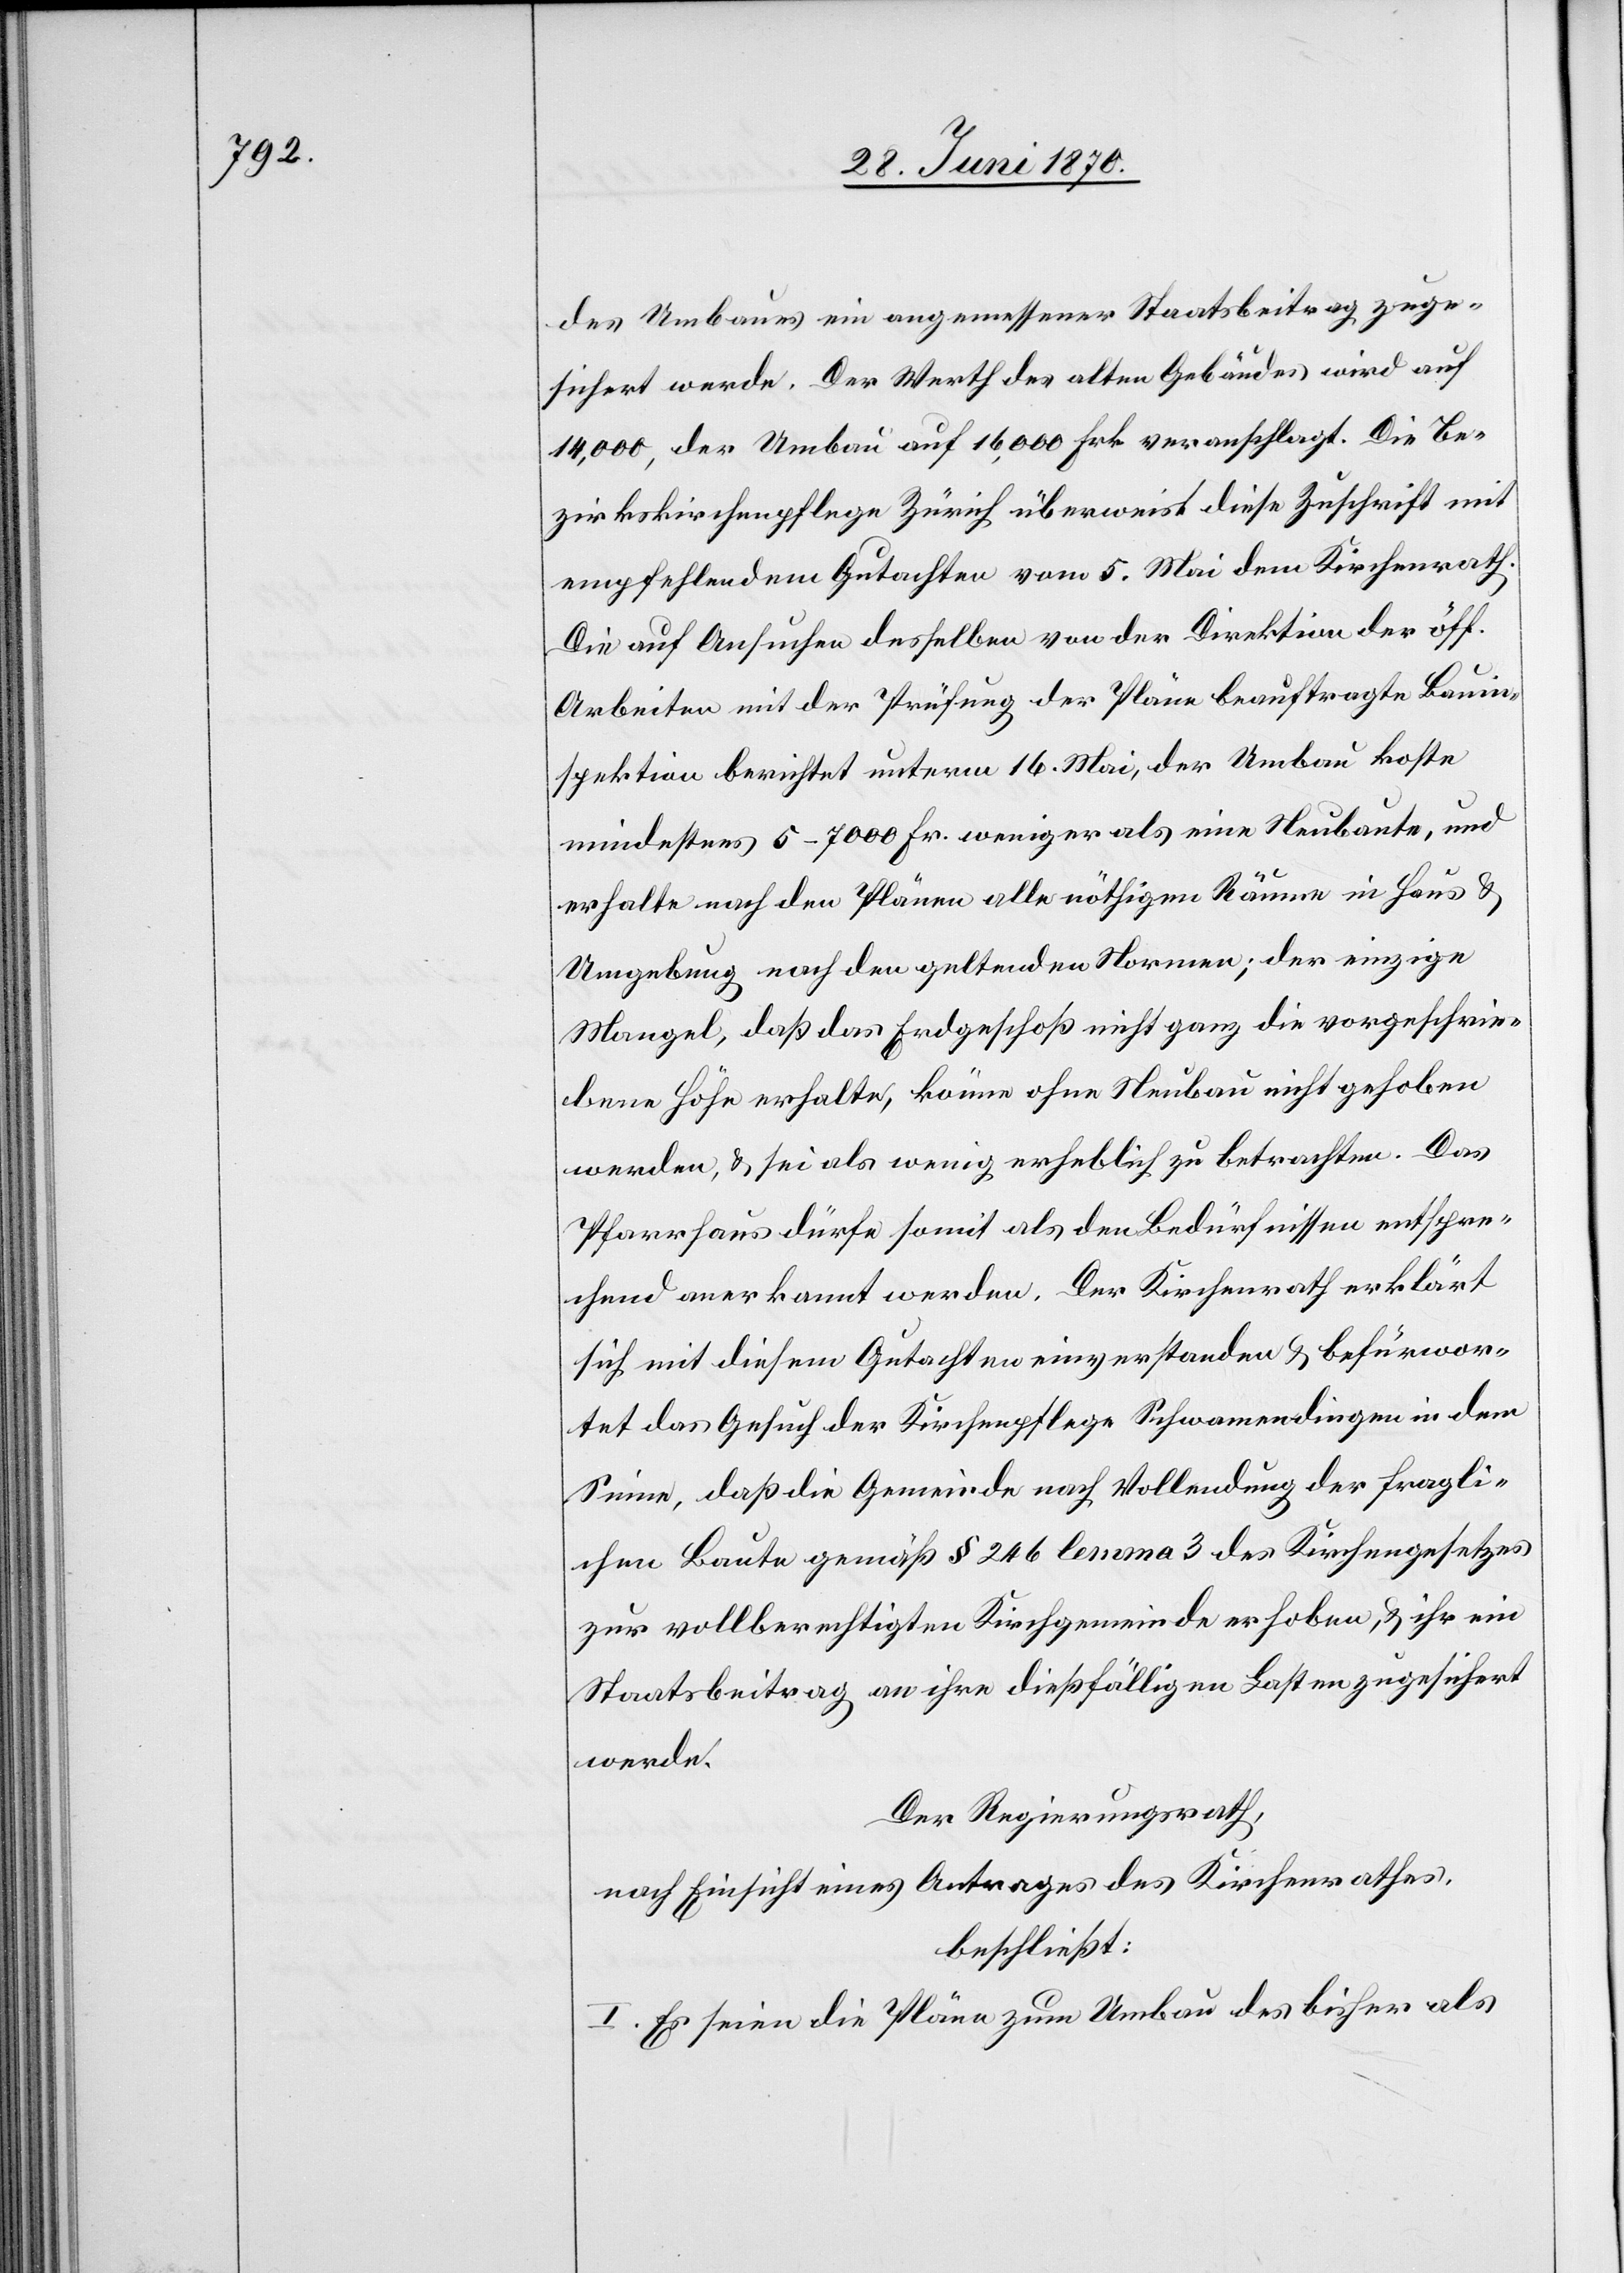
des Umbaues ein angemessener Staatsbeitrag zuge¬
sichert werde. Der Werth des alten Gebäudes wird auf
14,000, der Umbau auf 16,000 Frk. veranschlagt. Die Be¬
zirkskirchenpflege Zürich überweist diese Zuschrift mit
empfehlendem Gutachten vom 5. Mai dem Kirchenrath.
Die auf Ansuchen desselben von der Direktion der öff.
Arbeiten mit der Prüfung der Pläne beauftragte Bauin¬
spektion berichtet unterm 16. Mai, der Umbau koste
mindestens 5–7000 Fr. weniger als eine Neubaute, und
erhalte nach den Plänen all nöthigen Räume in Haus &
Umgebung nach den geltenden Normen; der einzige
Mangel, daß das Erdgeschoß nicht ganz die vorgeschrie¬
bene Höhe erhalte, könne ohne Neubau nicht gehoben
werden, & sei als wenig erheblich zu betrachten. Das
Pfarrhaus dürfe somit als den Bedürfnissen entspre¬
chend anerkannt werden. Der Kirchenrath erklärt
sich mit diesem Gutachten einverstanden & befürwor¬
tet das Gesuch der Kirchenpflege Schwamendingen in dem
Sinne, daß die Gemeinde nach Vollendung der fragli¬
chen Baute gemäß § 246 lemma 3 des Kirchengesetzes
zur vollberechtigten Kirchgemeinde erhoben, & ihr ein
Staatsbeitrag an ihre dießfälligen Lasten zugesichert
werde.
Der Regierungsrath,
nach Einsicht eines Antrages des Kirchenrathes,
beschließt:
I. Es seien die Pläne zum Umbau des bisher als